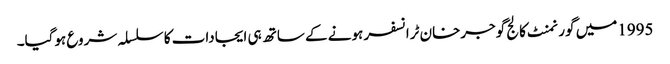
1995میں گورنمنٹ کالج گوجرخان ٹرانسفر ہونے کے ساتھ ہی ایجادات کا سلسلہ شروع ہوگیا۔